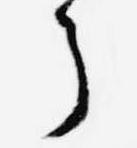
了